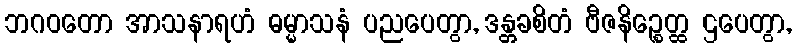
ဘဂဝတော အာသနာရဟံ ဓမ္မာသနံ ပညပေတွာ, ဒန္တခစိတံ ဗီဇနိဉ္စေတ္ထ ဌပေတွာ,